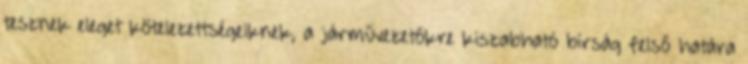
tesznek eleget kötelezettségeiknek, a járművezetőkre kiszabható bírság felső határa